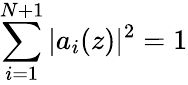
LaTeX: \sum_{i=1}^{N+1}|a_{i}(z)|^{2}=1